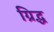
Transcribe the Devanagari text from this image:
ग्रिद्ध